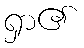
ရှာ၏